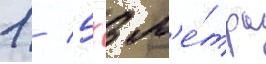
1 / 5х3 м'е́тра